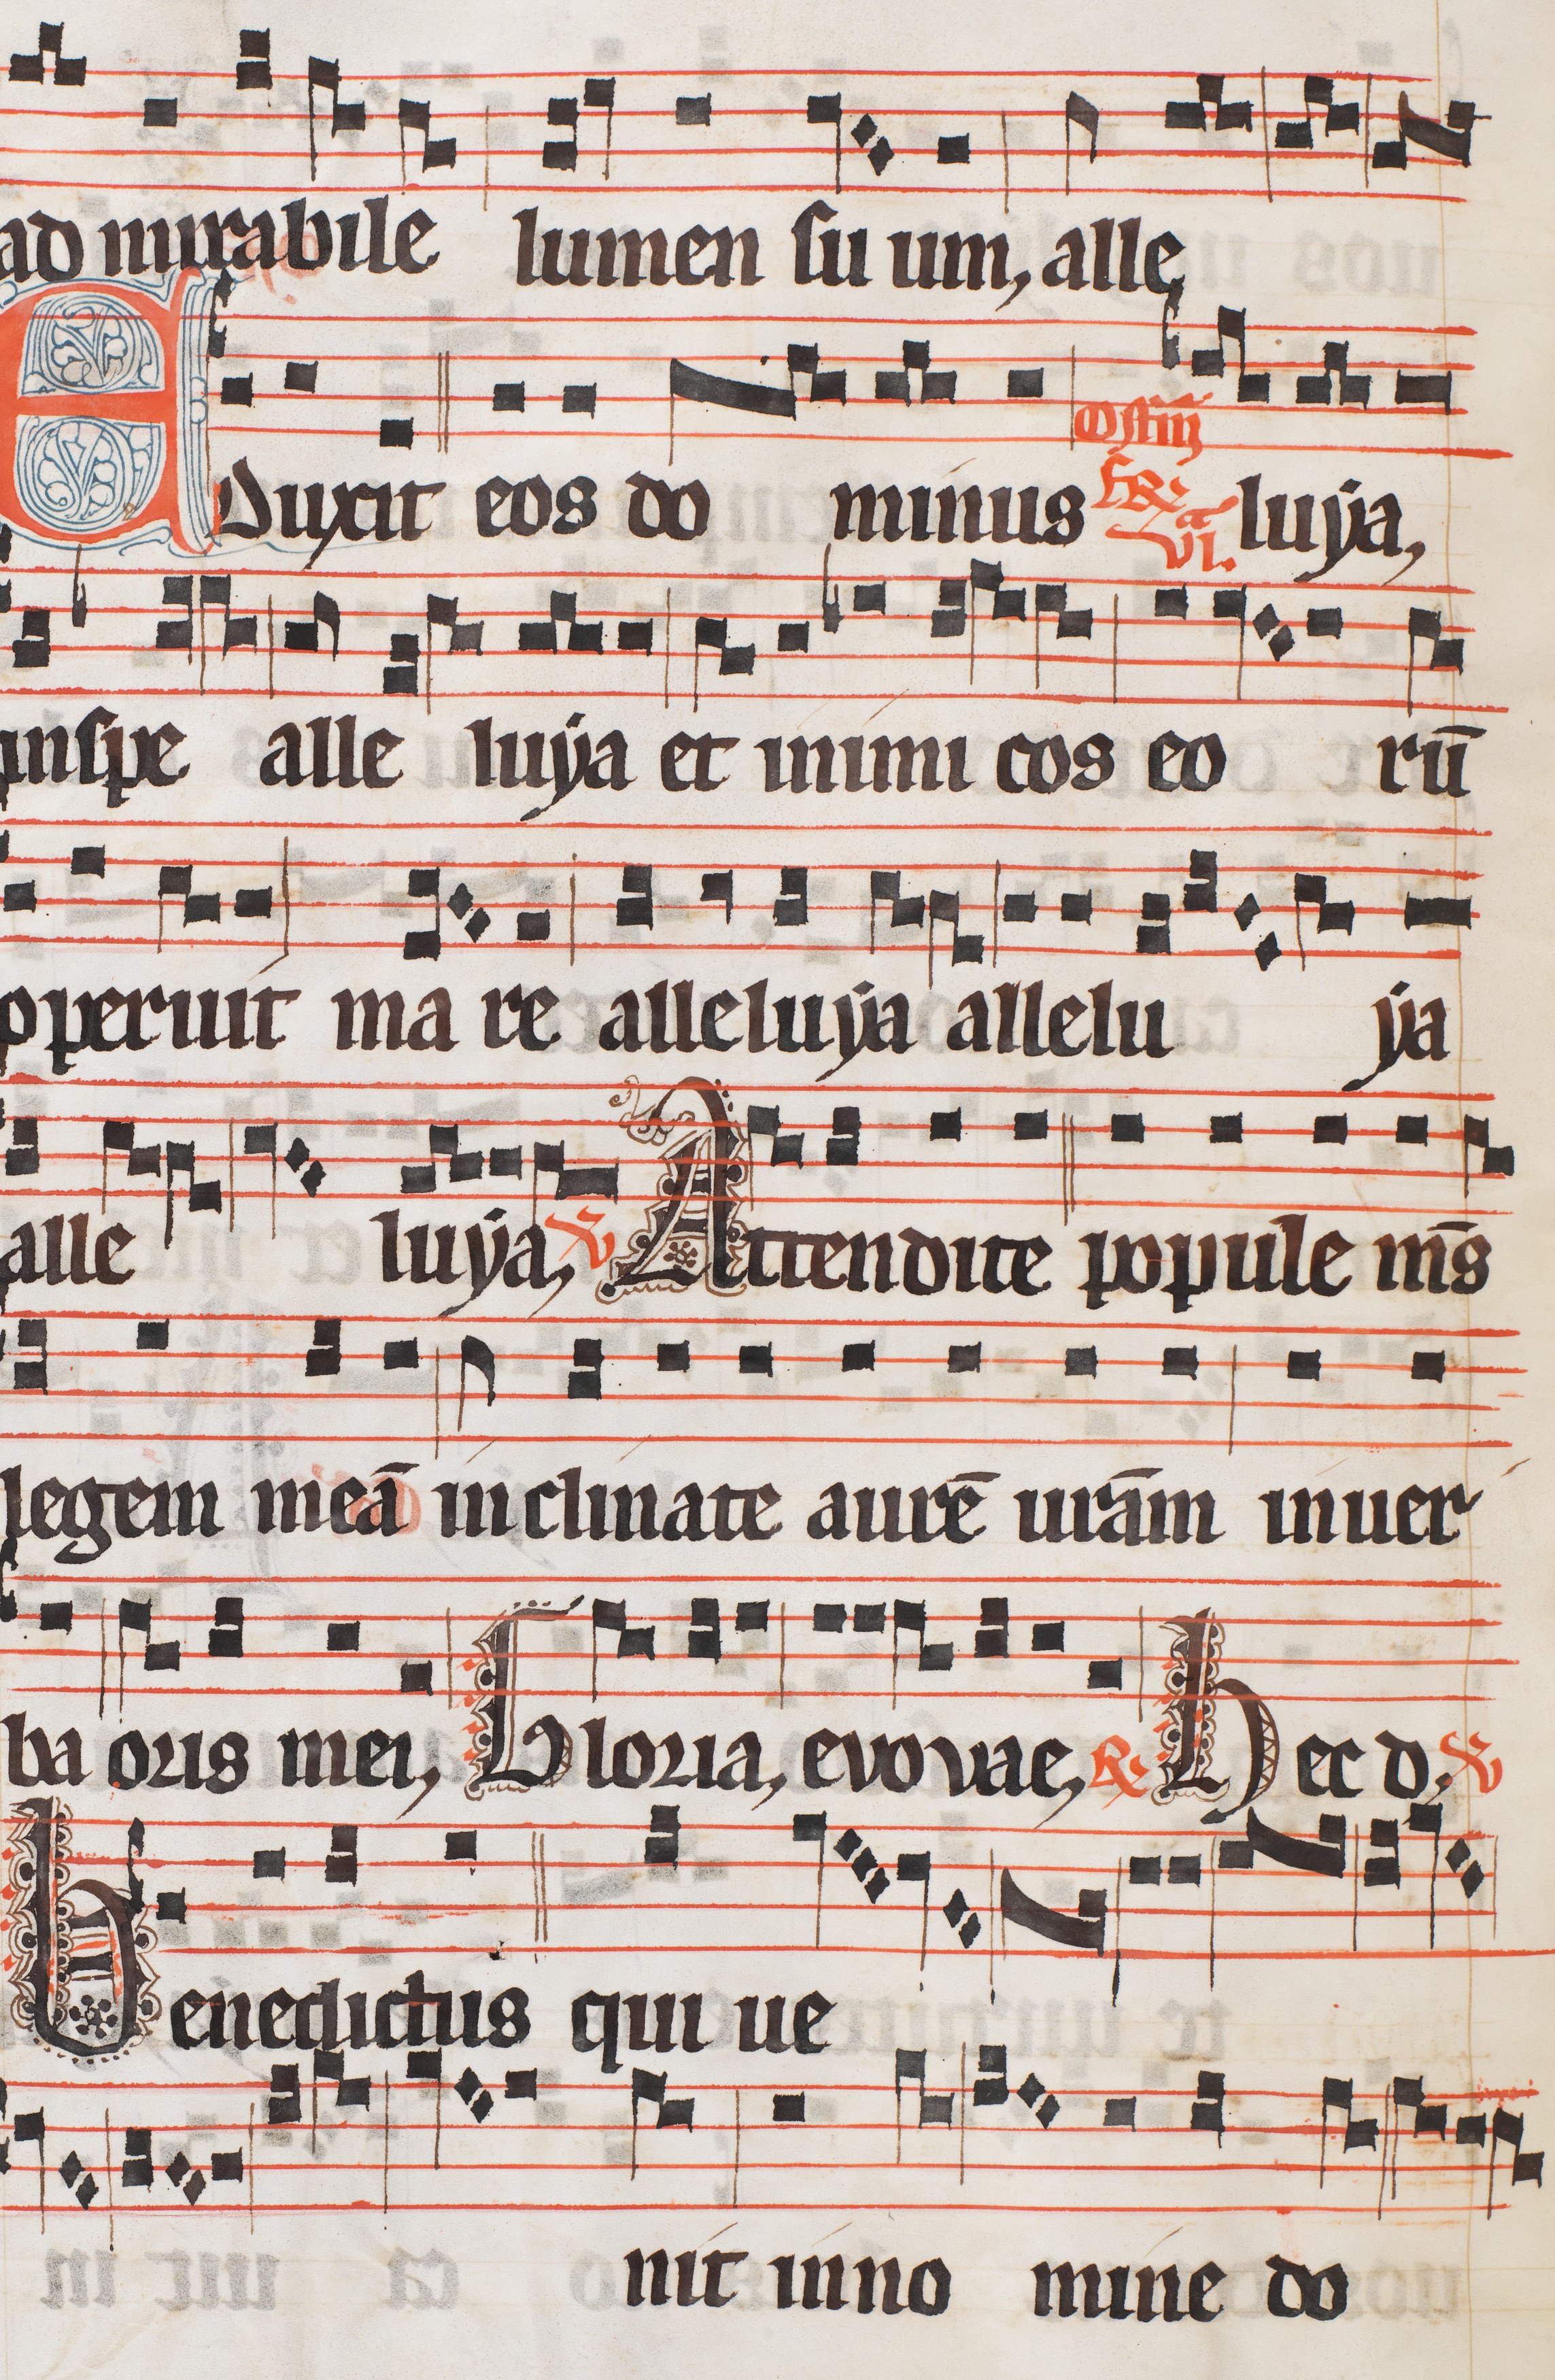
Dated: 1300–1327